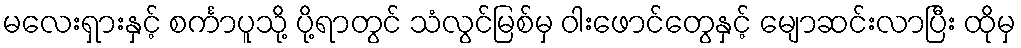
မလေးရှားနှင့် စင်္ကာပူသို့ ပို့ရာတွင် သံလွင်မြစ်မှ ဝါးဖောင်တွေနှင့် မျောဆင်းလာပြီး ထိုမှ